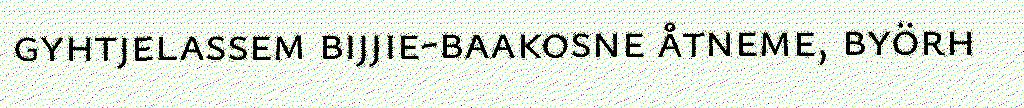
gyhtjelassem bijjie-baakosne åtneme, byörh